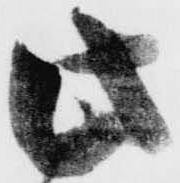
此